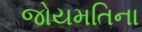
જોયમતિના